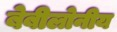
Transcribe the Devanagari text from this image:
बेबीलोनीय